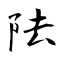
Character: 阹